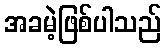
အခမဲ့ဖြစ်ပါသည်